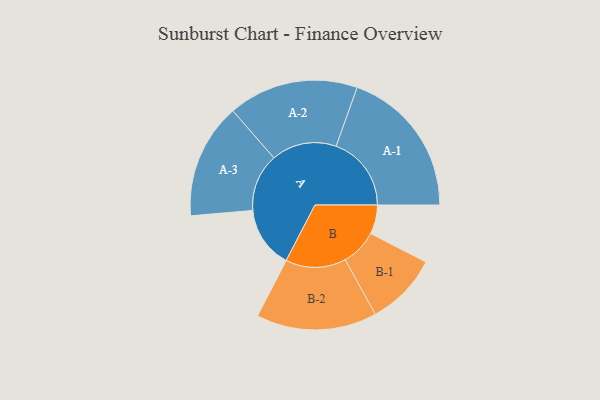
{"axis": {"x": "Segment", "y": "Value"}, "legend": ["", "A", "B"], "data": [{"x": "A", "y": 231, "type": ""}, {"x": "B", "y": 109, "type": ""}, {"x": "A-1", "y": 282, "type": "A"}, {"x": "A-2", "y": 244, "type": "A"}, {"x": "A-3", "y": 216, "type": "A"}, {"x": "B-1", "y": 136, "type": "B"}, {"x": "B-2", "y": 226, "type": "B"}]}